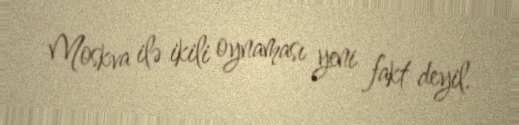
Moskva ilə ikili oynaması yeni fakt deyil.